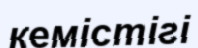
кемістігі